Lunatic asylums Central Provinces reports 1895-1909 - 1895-1909
Year: 1895
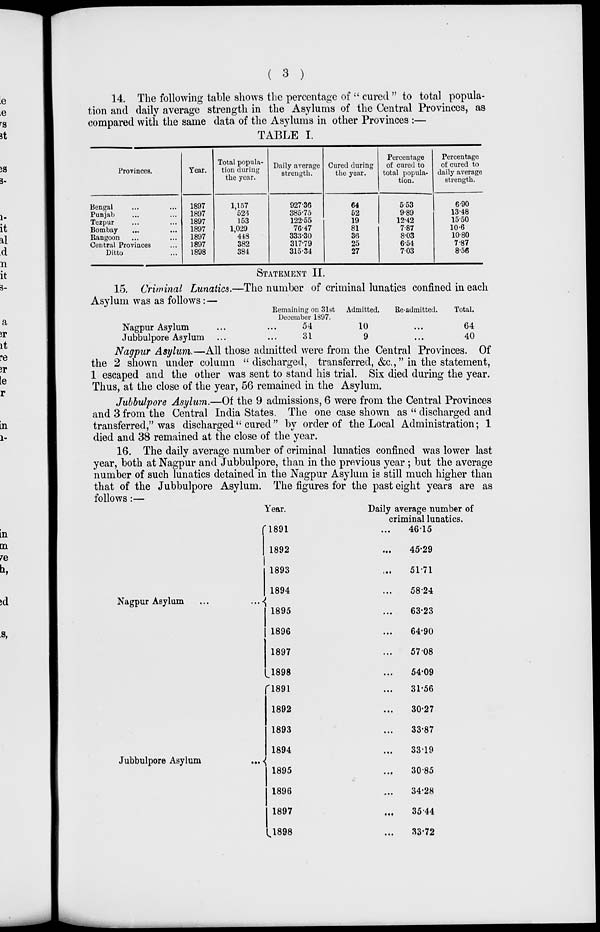
( 3 )
14. The following table shows the percentage of " cured " to total popula-
tion and daily average strength in the Asylums of the Central Provinces, as
compared with the same data of the Asylums in other Provinces :—
TABLE I.
Provinces.
Bengal ... ...
Punjab ... ...
Tezpur ... ...
Bombay ... ...
Rangoon ... ...
Central Provinces ...
Ditto ...
Year.
1897
1897
1897
1897
1897
1897
1898
Total popula-
tion during
the year.
1,157
526
153
1,029
448
382
384
Daily average
strength.
927.36
385.75
122.55
76.47
333.30
317.79
315.34
Cured during
the year.
64
52
19
81
36
25
27
Percentage
of cured to
total popula-
tion.
5.53
9.89
12.42
7.87
8.03
6.54
7.03
Percentage
of cured to
daily average
strength.
6.90
13.48
15.50
10.6
10.80
7.87
8.56
STATEMENT II.
15. Criminal Lunatics.—The number of criminal lunatics confined in each
Asylum was as follows:—
Nagpur Asylum ... ...
Jubbulpore Asylum ... ...
Remaining on 31st
December 1897.
54
31
Admitted.
10
9
Re-admitted.
...
...
Total.
64
40
Nagpur Asylum.—All those admitted were from the Central Provinces. Of
the 2 shown under column " discharged, transferred, &c.," in the statement,
1 escaped and the other was sent to stand his trial. Six died during the year.
Thus, at the close of the year, 56 remained in the Asylum.
Jubbulpore Asylum.—Of the 9 admissions, 6 were from the Central Provinces
and 3 from the Central India States. The one case shown as " discharged and
transferred," was discharged" cured" by order of the Local Administration; 1
died and 38 remained at the close of the year.
16. The daily average number of criminal lunatics confined was lower last
year, both at Nagpur and Jubbulpore, than in the previous year ; but the average
number of such lunatics detained in the Nagpur Asylum is still much higher than
that of the Jubbulpore Asylum. The figures for the past eight years are as
follows:—
Nagpur Asylum ... ...
Jubbulpore Asylum
...
Year.
1891
1892
1893
1894
1895
1896
1897
1898
1891
1892
1893
1894
1895
1896
1897
1898
Daily average number of
criminal lunatics.
46.15
45.29
51.71
58.24
63.23
64.90
57.08
54.09
31.56
30.27
33.87
33.19
30.85
34.28
35.44
33.72